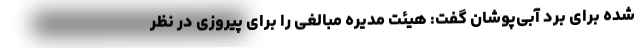
شده برای برد آبی‌پوشان گفت: هیئت مدیره مبالغی را برای پیروزی در نظر